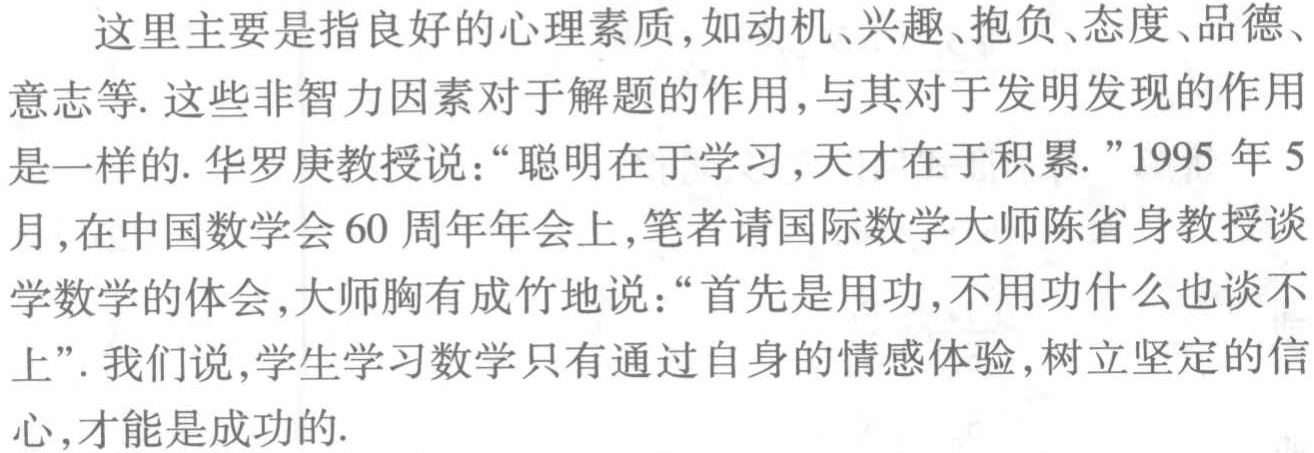
这里主要是指良好的心理素质,如动机、兴趣、抱负、态度、品德、
意志等. 这些非智力因素对于解题的作用, 与其对于发明发现的作用
是一样的. 华罗庚教授说：“聪明在于学习,天才在于积累.”1995 年 5
月,在中国数学会 60 周年年会上,笔者请国际数学大师陈省身教授谈
学数学的体会,大师胸有成竹地说：“首先是用功,不用功什么也谈不
上”. 我们说,学生学习数学只有通过自身的情感体验,树立坚定的信
心,才能是成功的.